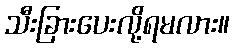
သီးခြားပေးလို့ရမလား။